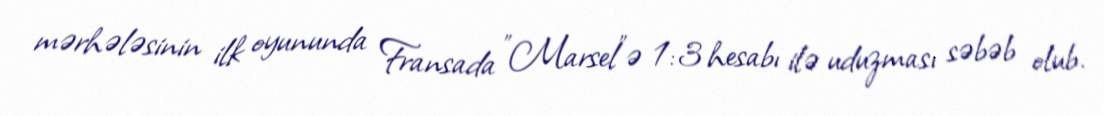
mərhələsinin ilk oyununda Fransada "Marsel"ə 1:3 hesabı ilə uduzması səbəb olub.